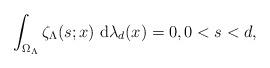
LaTeX: \begin{align*}\int_{\Omega_\Lambda}\zeta_{\Lambda}(s;x)\ {\rm d}\lambda_d(x)=0 ,0<s<d,\end{align*}